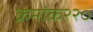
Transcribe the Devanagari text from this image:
क्रमांक२२०